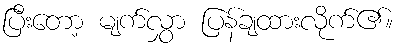
ပြီးတော့ မျက်လွှာ ပြန်ချထားလိုက်၏။